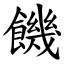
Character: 饑